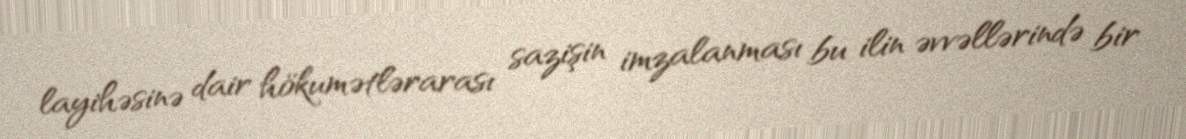
layihəsinə dair hökumətlərarası sazişin imzalanması bu ilin əvvəllərində bir